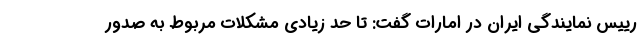
رییس نمایندگی ایران در امارات گفت: تا حد زیادی مشکلات مربوط به صدور